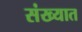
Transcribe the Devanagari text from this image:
संख्यात